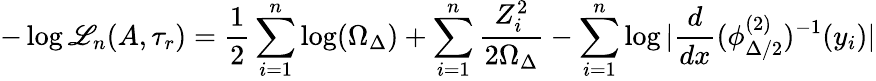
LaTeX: -\log\mathscr{L}_{n}(A,\tau_{r})=\frac{{1}}{{2}}\sum_{i=1}^{n}\log(\Omega_{\Delta})+\sum_{i=1}^{n}\frac{{Z_{i}^{2}}}{{2\Omega_{\Delta}}}-\sum_{i=1}^{n}\log|\frac{{d}}{{dx}}(\phi_{\Delta/2}^{(2)})^{-1}(y_{i})|